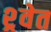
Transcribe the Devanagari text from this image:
श्र्वेत